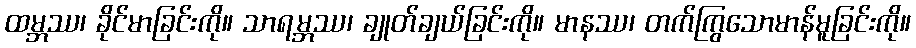
ထမ္ဘဿ၊ ခိုင်မာခြင်းကို။ သာရမ္ဘဿ၊ ချုတ်ချယ်ခြင်းကို။ မာနဿ၊ တက်ကြွသောမာန်မူခြင်းကို။